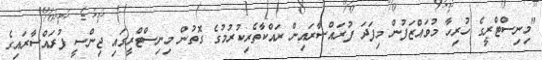
"މިނިސްޓްރީގެ ހުރިހާ މުވައްޒަފުން މިފަދަ ފުރައްސާރައިން ރައްކާތެރިކުރުމުގެ ގޮތުން މިނިސްޓްރީގައި ޖިންސީ ފުރައްސާރައިގެ